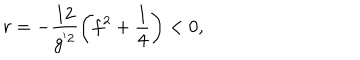
LaTeX: r = - \frac { 1 2 } { g ^ { ' 2 } } \left( f ^ { 2 } + \frac { 1 } { 4 } \right) < 0 ,